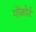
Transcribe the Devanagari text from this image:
गोंकोर्ट